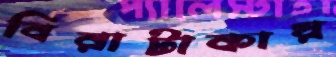
বিরাটাকায়